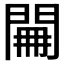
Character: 𨴕